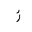
Letter: _zay